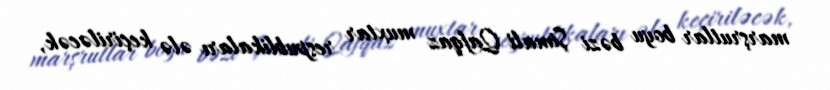
marşrutlar boyu bəzi Şimali Qafqaz muxtar respublikaları ələ keçiriləcək,